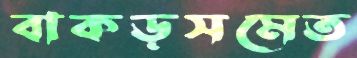
বাকড়সমেত